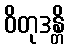
ဝိတုဒန္တိ